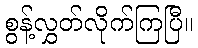
စွန့်လွှတ်လိုက်ကြပြီ။